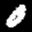
Label: 0